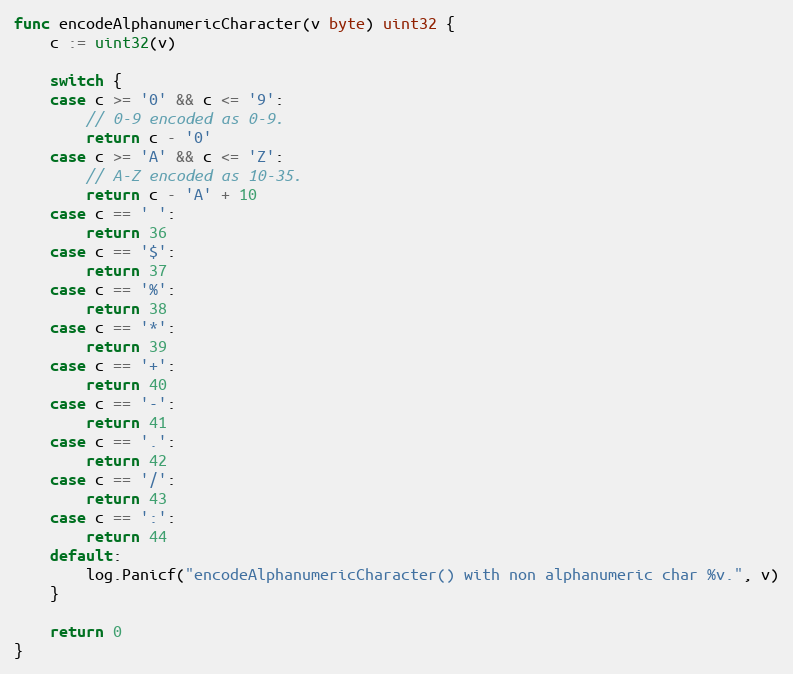
Language: Go
func encodeAlphanumericCharacter(v byte) uint32 {
	c := uint32(v)

	switch {
	case c >= '0' && c <= '9':
		// 0-9 encoded as 0-9.
		return c - '0'
	case c >= 'A' && c <= 'Z':
		// A-Z encoded as 10-35.
		return c - 'A' + 10
	case c == ' ':
		return 36
	case c == '$':
		return 37
	case c == '%':
		return 38
	case c == '*':
		return 39
	case c == '+':
		return 40
	case c == '-':
		return 41
	case c == '.':
		return 42
	case c == '/':
		return 43
	case c == ':':
		return 44
	default:
		log.Panicf("encodeAlphanumericCharacter() with non alphanumeric char %v.", v)
	}

	return 0
}